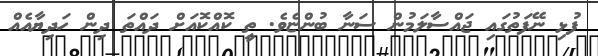
ފުޅި ނޭފަތުގައި ޖައްސާލަމުން ސަނާ ބުންޏެވެ. ތީ ކޮއްކޮއަށް ދައްތަ ދިން ހަދިޔާއެއް